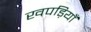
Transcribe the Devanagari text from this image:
खपड़ियाँ